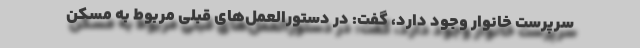
سرپرست خانوار وجود دارد، گفت: در دستورالعمل‌های قبلی مربوط به مسکن